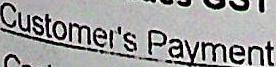
CUSTOMER'S PAYMENT